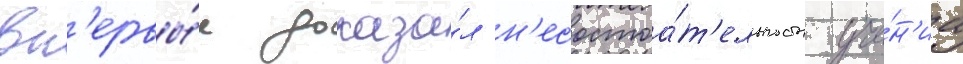
вп'ервы́е доказа́л н'есостоа́т'ельность уче́н'иа